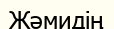
Жәмидің